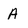
Character: A